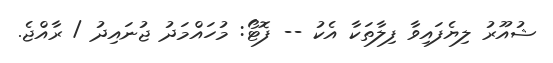
ޝުއޫރު ލިޔެފައިވާ ފިލާތަކާ އެކު -- ފޮޓޯ: މުހައްމަދު ޖުނައިދު / ރާއްޖެ.